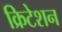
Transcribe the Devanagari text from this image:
क्रिटेशन